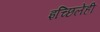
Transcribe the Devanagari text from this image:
इच्छिलेंही